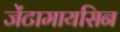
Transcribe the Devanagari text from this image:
जेंटामायसिन